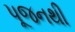
પૂજનથી